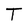
Character: T